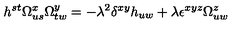
h ^ { s t } \Omega _ { u s } ^ { x } \Omega _ { t w } ^ { y } = - \lambda ^ { 2 } \delta ^ { x y } h _ { u w } + \lambda \epsilon ^ { x y z } \Omega _ { u w } ^ { z }